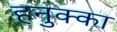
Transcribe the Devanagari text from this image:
हनुक्का